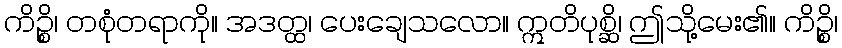
ကိဉ္စိ၊ တစုံတရာကို။ အဒတ္ထ၊ ပေးချေသလော။ ဣတိပုစ္ဆိ၊ ဤသို့မေး၏။ ကိဉ္စိ၊